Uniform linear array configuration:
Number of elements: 16
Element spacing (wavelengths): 0.75
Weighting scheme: binomial
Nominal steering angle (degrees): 0
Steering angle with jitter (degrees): -0.2659
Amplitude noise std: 0.05
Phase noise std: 0.05

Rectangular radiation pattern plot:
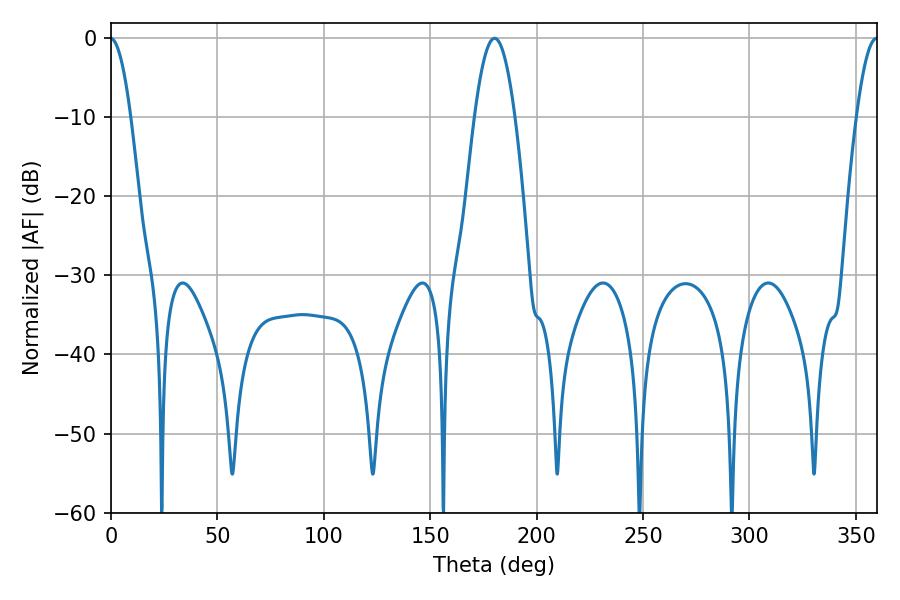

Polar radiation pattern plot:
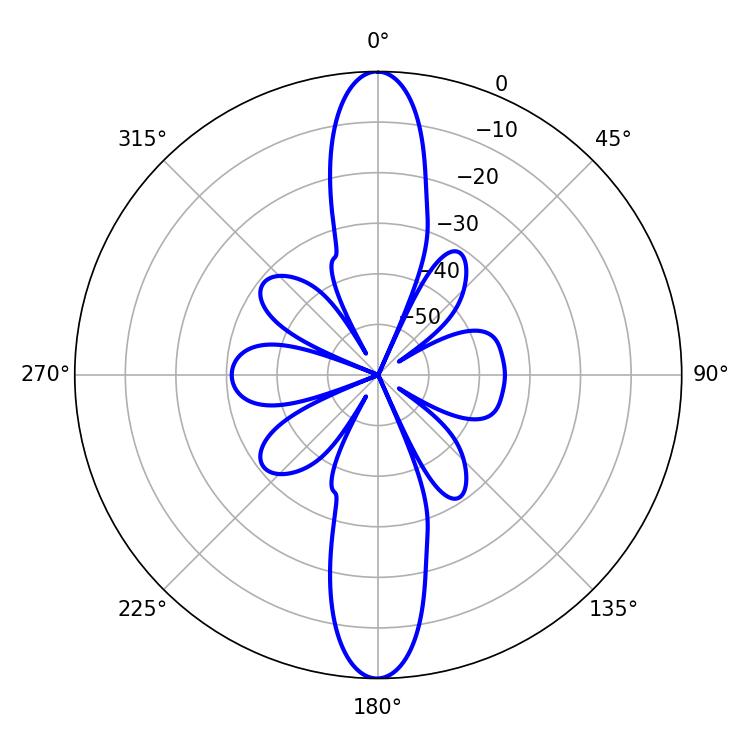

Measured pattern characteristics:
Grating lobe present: TRUE
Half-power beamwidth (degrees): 5.4
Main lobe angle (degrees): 359.82